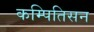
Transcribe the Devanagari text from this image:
कम्पितिसन